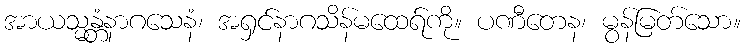
အာယသ္မန္တံနာဂသေနံ၊ အရှင်နာဂသိန်မထေရ်ကို။ ပဏီတေန၊ မွန်မြတ်သော။